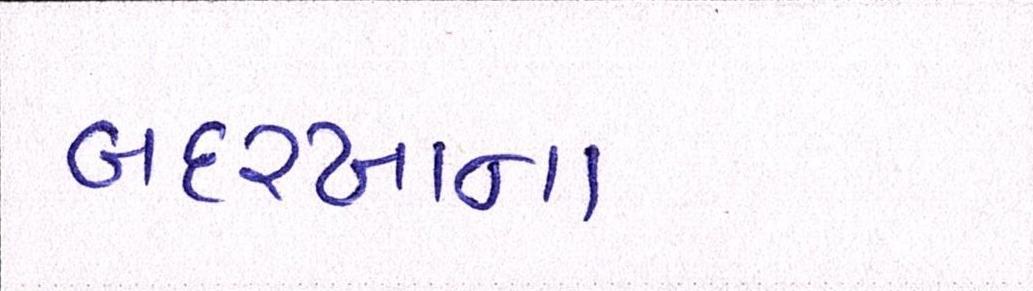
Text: બદરખાના